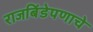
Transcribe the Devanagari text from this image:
राजबिंडेपणाचे